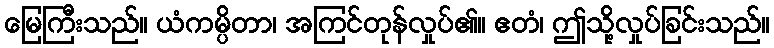
မြေကြီးသည်။ ယံကမ္ပိတာ၊ အကြင်တုန်လှုပ်၏။ ဧတံ၊ ဤသို့လှုပ်ခြင်းသည်။